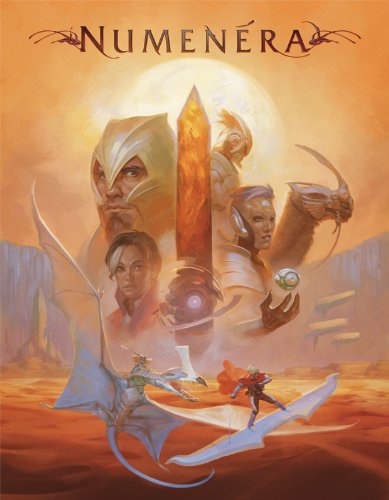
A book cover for Numenera Corebook; Monte Cook; Science Fiction & Fantasy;